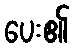
ပေး၏